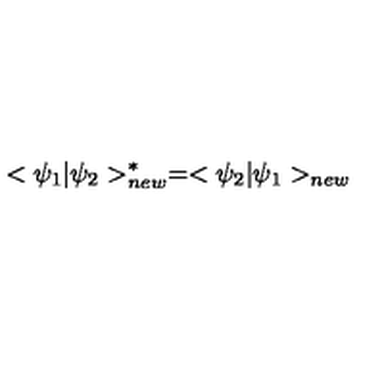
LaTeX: < \psi _ { 1 } | \psi _ { 2 } > _ { n e w } ^ { * } = < \psi _ { 2 } | \psi _ { 1 } > _ { n e w }